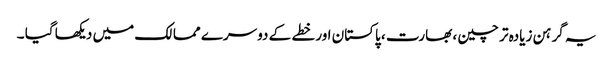
یہ گرہن زیادہ تر چین ، بھارت ، پاکستان اور خطے کے دوسرے ممالک میں دیکھا گیا ۔